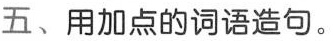
五、用加点的词语造句。